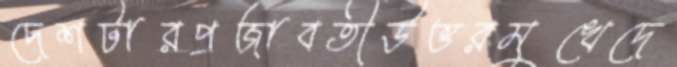
দেশটারপ্রজাবতীউত্তরমুখেদে